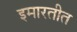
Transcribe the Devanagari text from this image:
इमारतीत